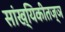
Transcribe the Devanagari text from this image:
सांख्यिकीतज्ञ